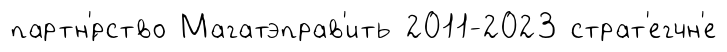
партн'́рство Магатэправ'ить 2011-2023 страт'егчн'е